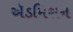
ઍડમિશન